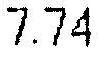
7.74